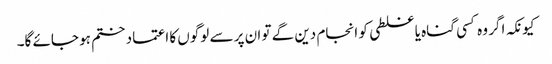
کیونکہ اگر وہ کسی گناہ یا غلطی کو انجام دین گے تو ان پر سے لوگوں کا اعتماد ختم ہو جائے گا۔